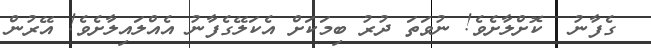
ގެފާނު  ކޮށްލާށެވެ! ނުވަތަ ދުރު ބިމަކަށް އެކަލޭގެފާނު އެއްލައިލާށެވެ! އޭރުން